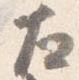
左